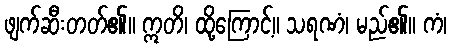
ဖျက်ဆီးတတ်၏။ ဣတိ၊ ထို့ကြောင့်။ သရဏံ၊ မည်၏။ ကံ၊